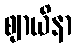
ဈာယိနာ